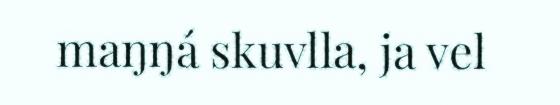
maŋŋá skuvlla, ja vel